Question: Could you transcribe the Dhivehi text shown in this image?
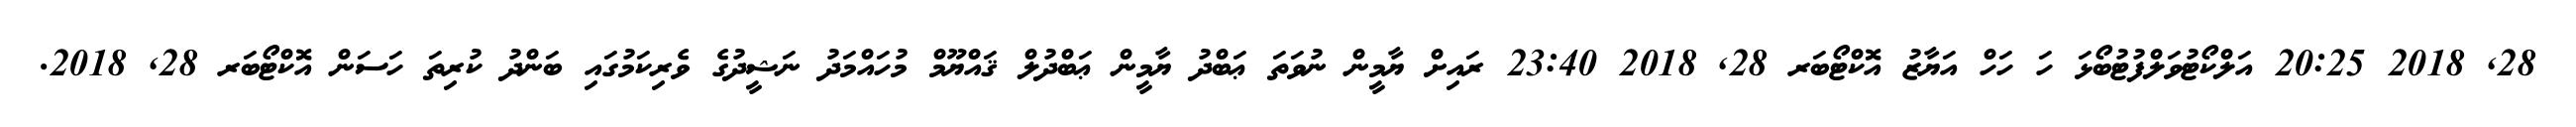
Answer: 28, 2018 20:25 އަލްކޯޓުވަލްފުޓުބޯޅަ ހަ ހަހް އަޔާޒު އޮކްޓޯބަރ 28, 2018 23:40 ރައިށް ޔާމީން ނުވަތަ ޢަބްދު ޔާމީން ޢަބްދުލް ޤައްޔޫމް މުހައްމަދު ނަޝީދުގެ ވެރިކަމުގައި ބަންދު ކުރިތަ ހަސަން އޮކްޓޯބަރ 28, 2018.